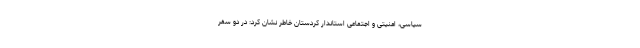
سیاسی، امنیتی و اجتماعی استاندار کردستان خاطر نشان کرد: در دو سفر